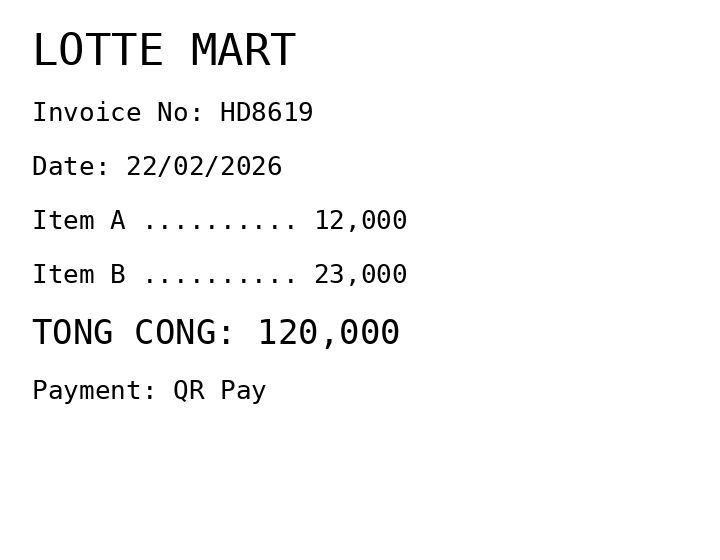
LOTTE MART
Invoice No: HD8619
Date: 22/02/2026
Item A .......... 12,000
Item B .......... 23,000
TONG CONG: 120,000
Payment: QR Pay
Merchant: lotte mart
Date: 2026-02-22
Total: 120000
Invoice No: HD8619
Payment method: QR